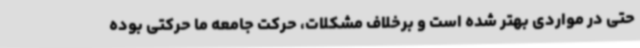
حتی در مواردی بهتر شده است و برخلاف مشکلات، حرکت جامعه ما حرکتی بوده